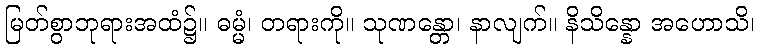
မြတ်စွာဘုရားအထံ၌။ ဓမ္မံ၊ တရားကို။ သုဏန္တော၊ နာလျက်။ နိသိန္နော အဟောသိ၊